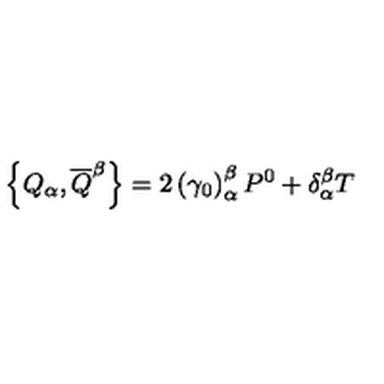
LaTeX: \left\{ Q _ { \alpha } , \overline { { Q } } ^ { \beta } \right\} = 2 \left( \gamma _ { 0 } \right) _ { \alpha } ^ { \beta } P ^ { 0 } + \delta _ { \alpha } ^ { \beta } T